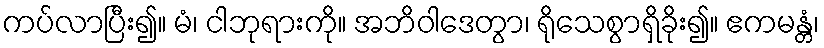
ကပ်လာပြီး၍။ မံ၊ ငါဘုရားကို။ အဘိဝါဒေတွာ၊ ရိုသေစွာရှိခိုး၍။ ဧကမန္တံ၊